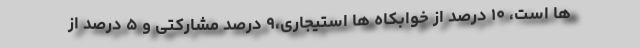
ها است، ۱۰ درصد از خوابکاه ها استیجاری،۹ درصد مشارکتی و ۵ درصد از